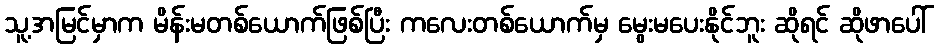
သူ့အမြင်မှာက မိန်းမတစ်ယောက်ဖြစ်ပြီး ကလေးတစ်ယောက်မှ မွေးမပေးနိုင်ဘူး ဆိုရင် ဆိုဖာပေါ်